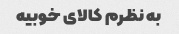
به نظرم کالای خوبیه